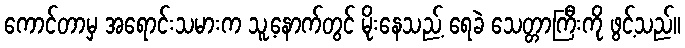
ကောင်တာမှ အရောင်းသမားက သူ့နောက်တွင် မိုးနေသည့် ရေခဲ သေတ္တာကြီးကို ဖွင့်သည်။